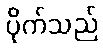
ပိုက်သည်